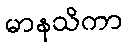
မာနသိကာ